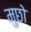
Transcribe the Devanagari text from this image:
मुछो